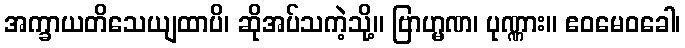
အက္ခာယတိသေယျထာပိ၊ ဆိုအပ်သကဲ့သို့။ ဗြာဟ္မဏ၊ ပုဏ္ဏား။ ဧဝမေဝခေါ၊